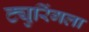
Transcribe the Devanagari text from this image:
ट्युरिंगला